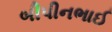
બીપીનભાઈ